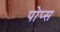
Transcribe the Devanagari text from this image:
पोप्स